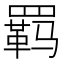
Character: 羁